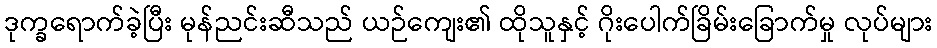
ဒုက္ခရောက်ခဲ့ပြီး မုန်ညင်းဆီသည် ယဉ်ကျေး၏ ထိုသူနှင့် ဂိုးပေါက်ခြိမ်းခြောက်မှု လုပ်များ